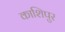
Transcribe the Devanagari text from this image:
काशिपुर